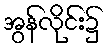
အွန်လိုင်း၌